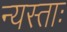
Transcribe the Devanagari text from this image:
न्यस्ताः